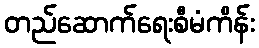
တည်ဆောက်ရေးစီမံကိန်း